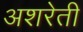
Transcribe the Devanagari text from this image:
अशरेती